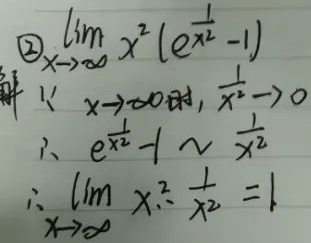
\textcircled{2} 求\(\lim_{x \to \infty} x^{2}(e^{\frac{1}{x^{2}}}-1)\)。

解：
因为当\(x \to \infty\)时，\(\frac{1}{x^{2}} \to 0\)，
所以\(e^{\frac{1}{x^{2}}}-1 \sim \frac{1}{x^{2}}\)，
于是\(\lim_{x \to \infty} x^{2} \cdot \frac{1}{x^{2}} = 1\)。